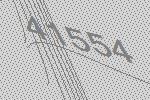
41554